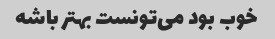
خوب بود می‌تونست بهتر باشه